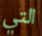
التي